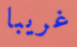
غريبا